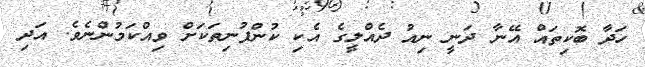
ހަދާ ބޮކިތައް އޭނާ ދަނީ ނިއު ދެއްލީގެ އެކި ކުންފުނިތަކަށް ވިއްކަމުންނެވެ. އަދި